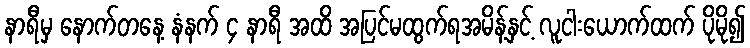
နာရီမှ နောက်တနေ့ နံနက် ၄ နာရီ အထိ အပြင်မထွက်ရအမိန့်နှင့် လူငါးယောက်ထက် ပိုမို၍